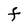
Character: F